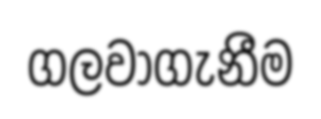
ගලවාගැනීම